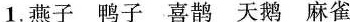
1. 燕子 鸭子 喜鹊 天鹅 麻雀